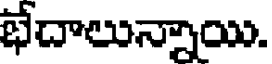
భేదాలున్నాయి.